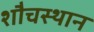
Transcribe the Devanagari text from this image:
शौचस्थान